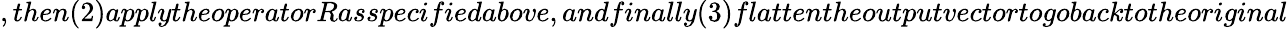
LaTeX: ,then(2)applytheoperatorRasspecifiedabove,andfinally(3)flattentheoutputvectortogobacktotheoriginal